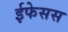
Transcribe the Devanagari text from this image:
ईफेसस